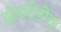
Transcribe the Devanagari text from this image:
झेडपीडीचा